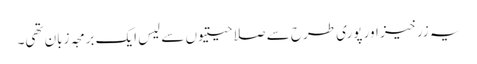
یہ زرخیز اور پوری طرح سے صلاحیتیوں سے لیس ایک برمجہ زبان تھی۔